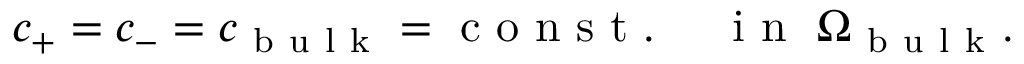
c _ { + } = c _ { - } = c _ { \mathrm { ~ b ~ u ~ l ~ k ~ } } = \mathrm { ~ c ~ o ~ n ~ s ~ t ~ . ~ } \quad \mathrm { ~ i ~ n ~ } \ \Omega _ { \mathrm { ~ b ~ u ~ l ~ k ~ } } .